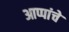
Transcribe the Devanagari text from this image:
आप्पांचे